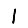
Digit: 1